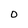
Character: 0